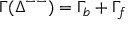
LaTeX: \Gamma ( \Delta ^ { -- } ) = \Gamma _ { b } + \Gamma _ { f }